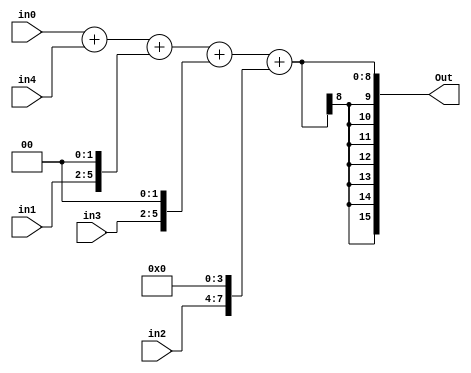
 module addertree #(
    parameter NUM_INPUT_BITS = 4, 
    parameter NUM_OUTPUT_BITS = 16
) (
    input signed [NUM_INPUT_BITS-1:0] in0, 
    input signed [NUM_INPUT_BITS-1:0] in1, 
    input signed [NUM_INPUT_BITS-1:0] in2, 
    input signed [NUM_INPUT_BITS-1:0] in3, 
    input signed [NUM_INPUT_BITS-1:0] in4, 
    output signed [NUM_OUTPUT_BITS-1:0] Out );


assign Out = in0 + in4 + ( in1 << 2) + (in3 << 2) + (in2 << 4) ;

endmodule